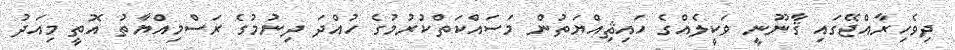
ދިވެހިރާއްޖޭގައި ޤާނޫނީ ވަކީލެއްގެ ހައިޘިއްޔަތުން މަސައްކަތްކުރުމުގެ ހުއްދަ ދިނުމުގެ ރަސްމިއްޔާތު އޮތީ މިއަދު